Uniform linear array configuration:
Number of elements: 64
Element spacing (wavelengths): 1
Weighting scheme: exponential
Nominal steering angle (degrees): -60
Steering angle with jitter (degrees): -59.138
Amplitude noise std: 0.05
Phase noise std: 0.05

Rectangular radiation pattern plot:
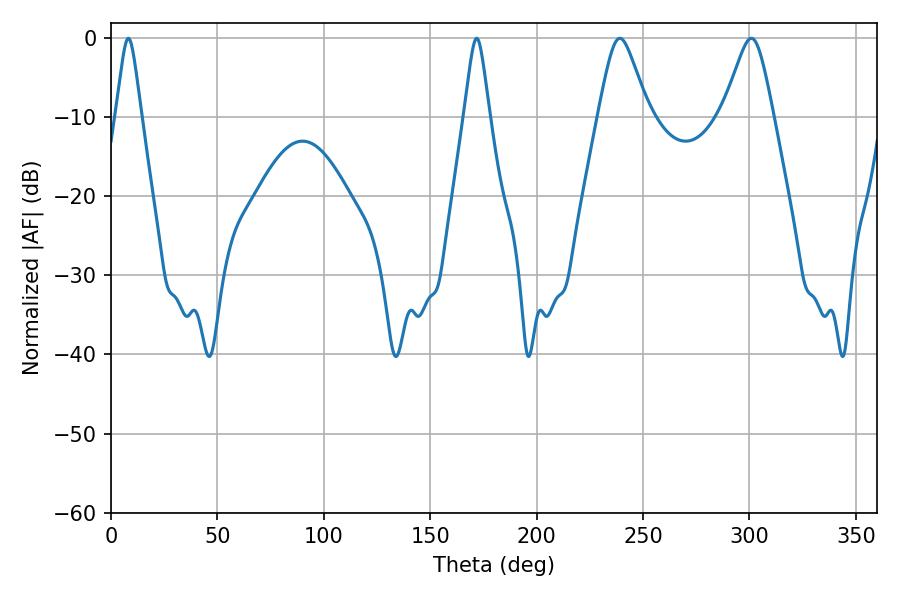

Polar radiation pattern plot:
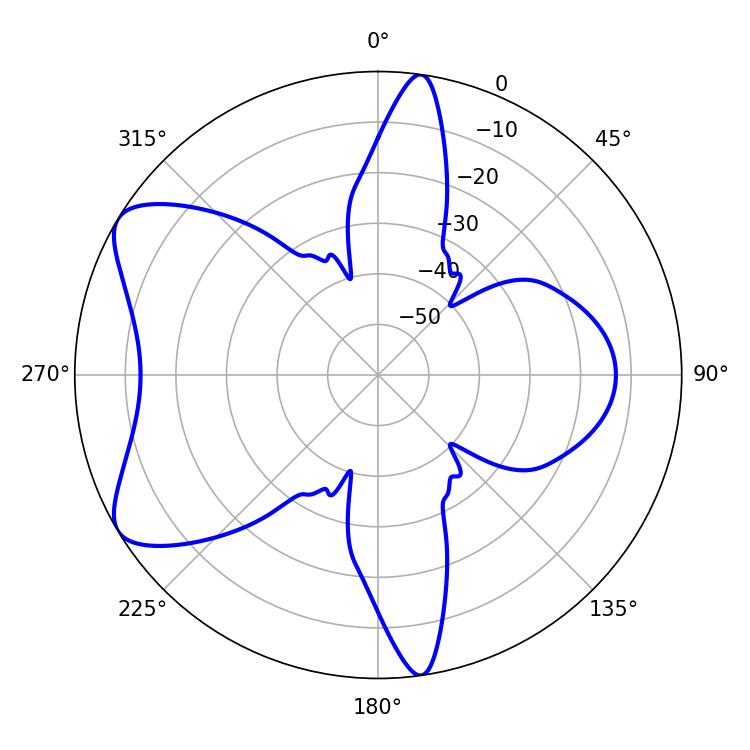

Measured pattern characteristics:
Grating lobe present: TRUE
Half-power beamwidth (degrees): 11.34
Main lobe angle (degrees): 239.04